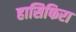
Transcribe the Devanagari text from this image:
हासिफिरा